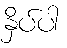
နှိပ်ပါ